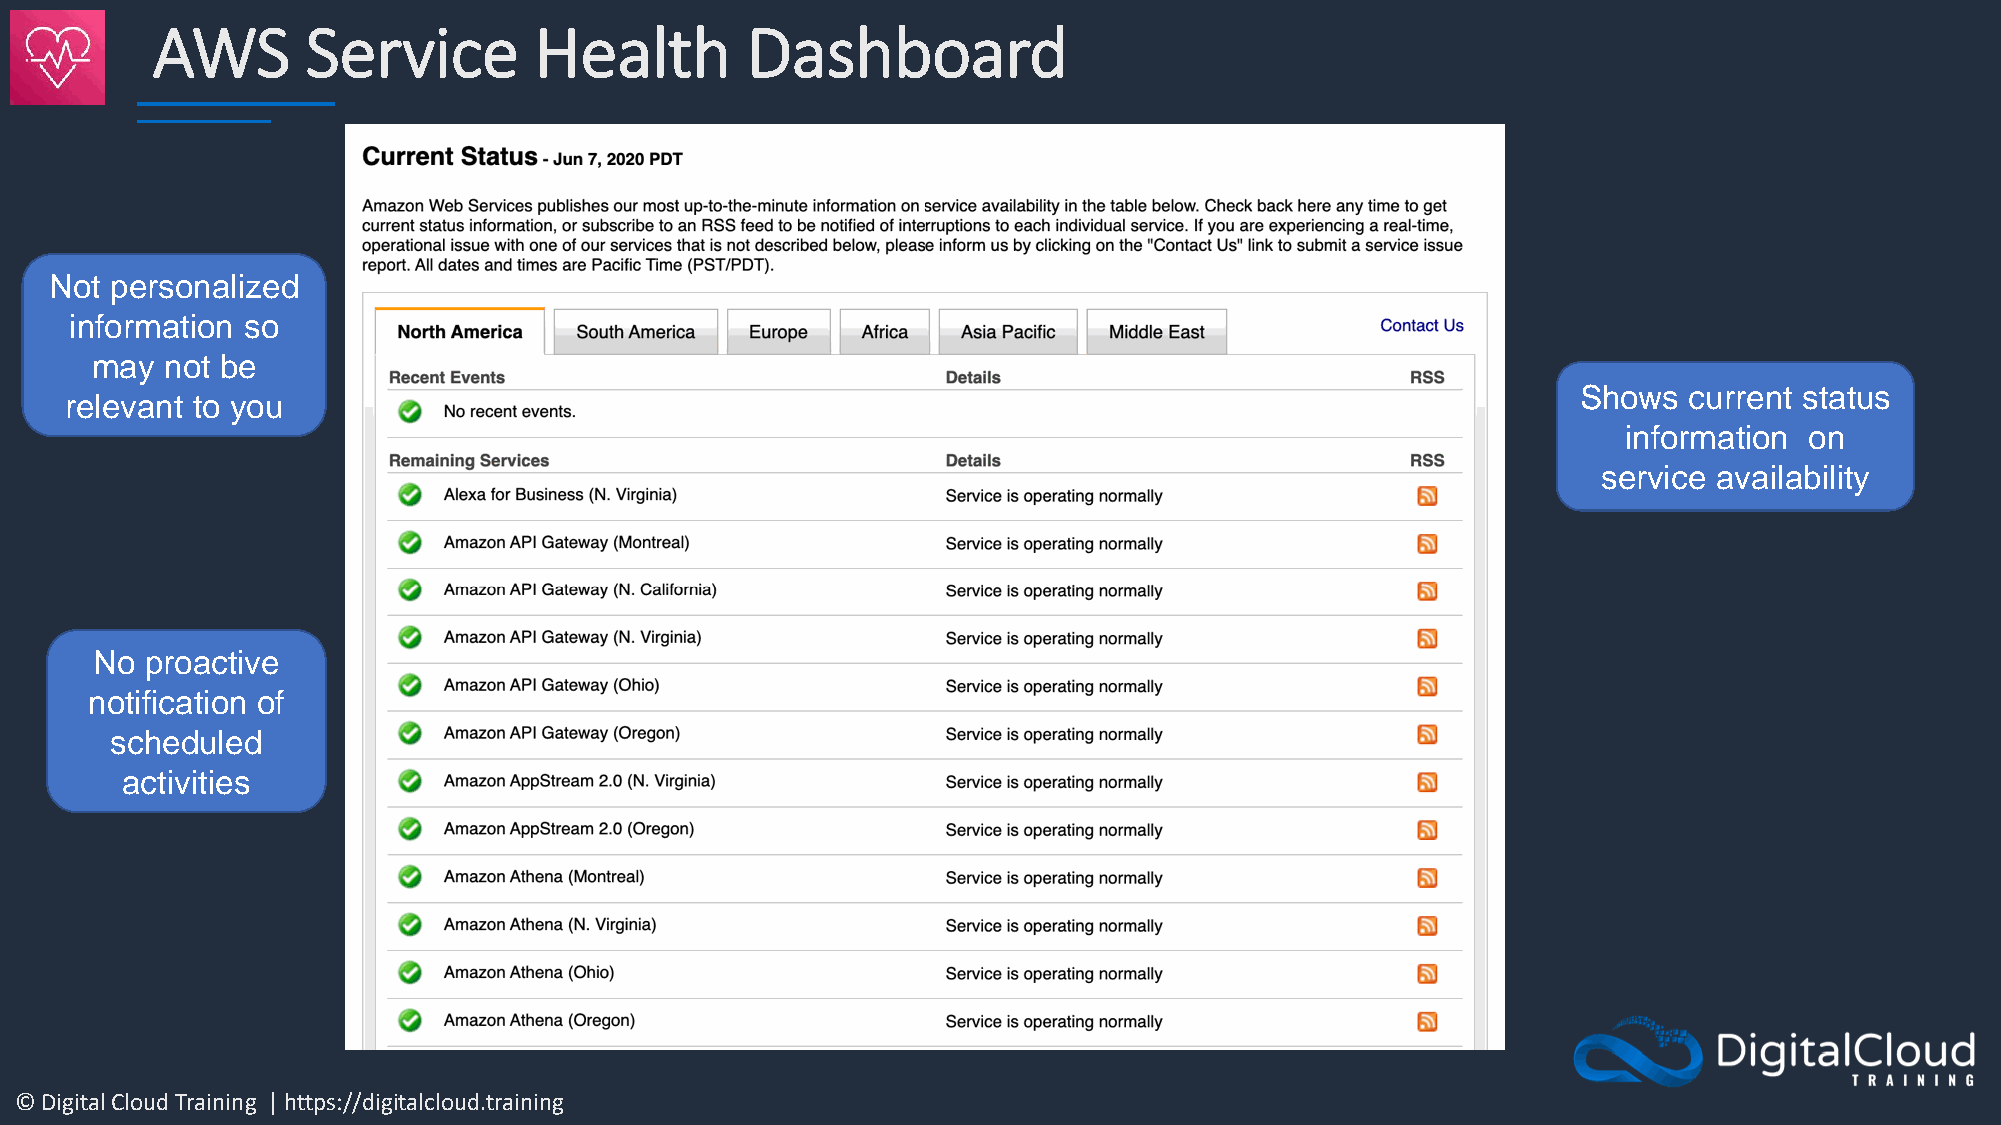
AWS       Service        Health        Dashboard
 Not personalized
 information so
 may  not be
 Shows  current status
 relevant to you
 information on
 service availability
 No  proactive
 notification of
 scheduled
 activities
 © Digital Cloud Training | https://digitalcloud.training